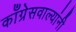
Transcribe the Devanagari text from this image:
काँग्रेसवाल्यांनी